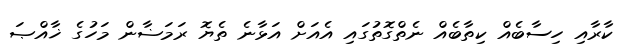
ކާރާއި ހިސާބެއް ކިތާބެއް ނެތްގޮތުގައި އެއަށް އަޅާނެ ތެޔޮ ރަމަޟާން މަހުގެ ޚާއްޞަ